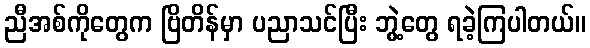
ညီအစ်ကိုတွေက ဗြိတိန်မှာ ပညာသင်ပြီး ဘွဲ့တွေ ရခဲ့ကြပါတယ်။